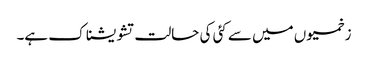
زخمیوں میں سے کئی کی حالت تشویشناک ہے۔